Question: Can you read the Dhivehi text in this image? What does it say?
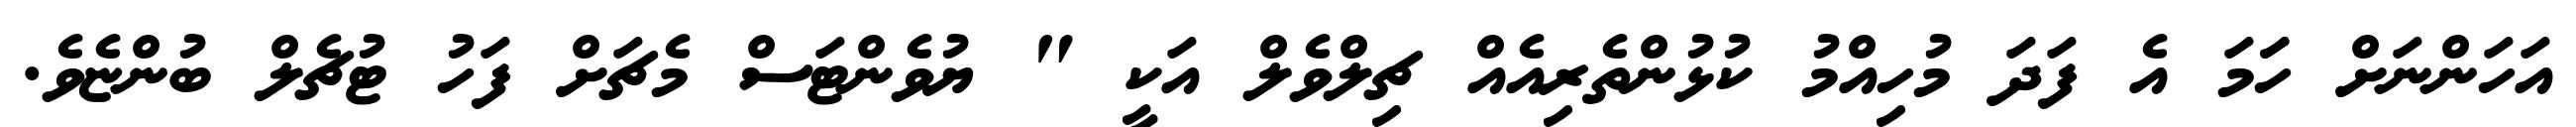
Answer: އަހަންނަށް ހަަމަ އެ ފަދަ މުހިއްމު ކުޅުންތެރިއެއް ޗިލްވެލް އަކީ " ޔުވެންޓަސް މެޗަށް ފަހު ޓުޗެލް ބުންޏެވެ.